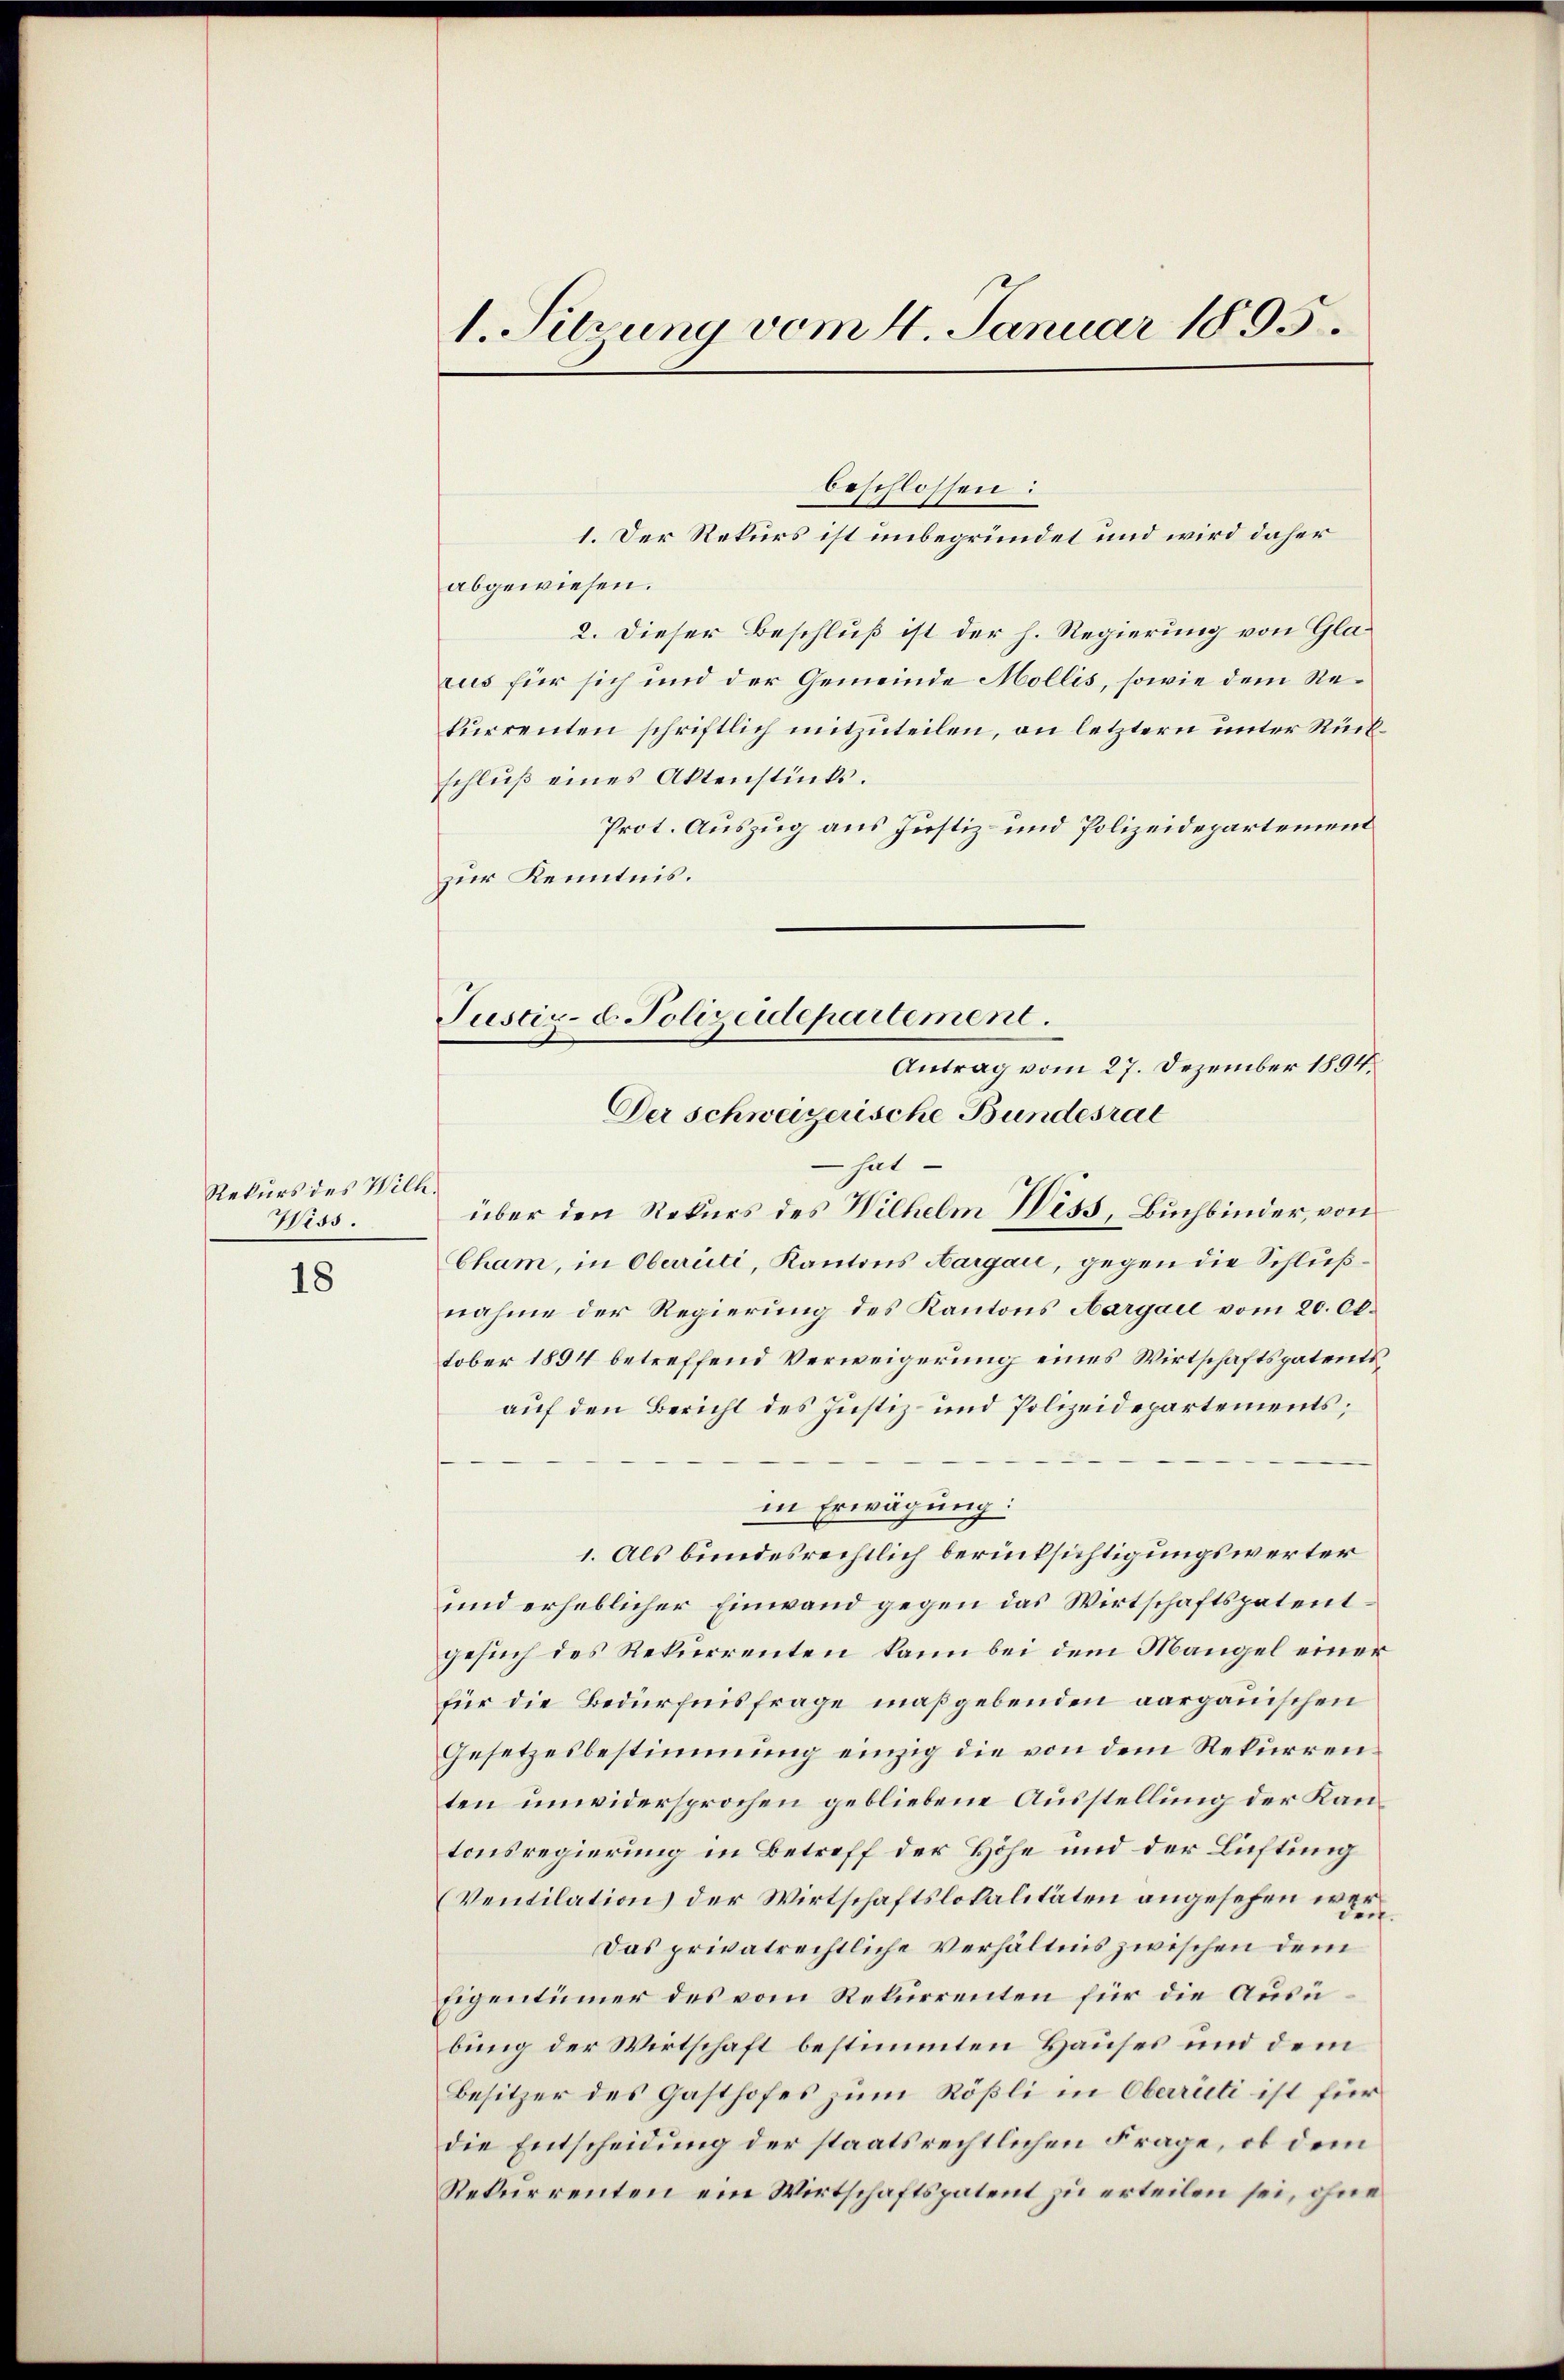
Rekurs des Wilh.
Wiss

18

1. Sitzung vom 4. Januar 1895.

beschlossen:
1. Der Rekurs ist unbegründet und wird daher
abgewiesen.
2. Dieser Beschluß ist der h. Regierung von Glarus für sich und der Gemeinde Mollis, sowie dem Rekurrenten schriftlich mitzuteilen, an letztern unter Rückschlŭβ eines Aktenstücks.
Prot. Auszug aus Justiz- und Polizeidepartement
zur Kenntnis.

Justiz- u. Polizeidepartement.
Antrag vom 27. Dezember 1894.
Der schweizerische Bundesrat
 hat

über den Rekurs des Wilhelm Wess, Buchbinder, von
Cham, in Oberrüti, Kantons Aargau, gegen die Schlußnahme der Regierung des Kantons Aargail vom 20. Okt.
tober 1894 betreffend Verweigerung eines Wirtschaftspatentsauf den Bericht des Justiz- und Polizeidepartements;
in Erwägung:
1. Als bundesrechtlich berücksichtigungswerter
und erheblicher Einwand gegen das Wirtschaftspatentgesuch des Rekurrenten kann bei dem Mangel einer
für die Bedürfnisfrage maßgebenden aargauischen
Gesetzesbestimmung einzig die von dem Rekurrenten unwidersprochen gebliebene Ausstellung der Kantonsregierung in Betreff der Höhe und der Lichtung
(Ventilation der Wirtschaftslokalitäten angesehen wer
Das privatrechtliche Verhältnis zwischen dem
Eigentümer des vom Rekurrenten für die Ausübung der Wirtschaft bestimmten Hauses und dem
Besitzer des Gasthofes zum Rößli in Oberrüti ist für
die Entscheidung der staatsrechtlichen Frage, ob dem
Rekurrenten ein Wirtschaftspatent zu erteilen sei, ohne